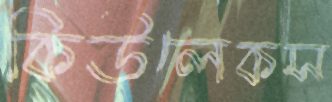
কিউলেকস